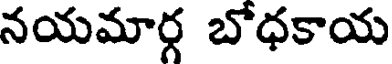
నయమార్గ బోధకాయ